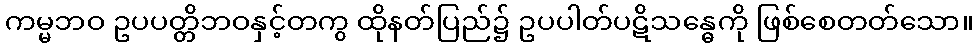
ကမ္မဘဝ ဥပပတ္တိဘဝနှင့်တကွ ထိုနတ်ပြည်၌ ဥပပါတ်ပဋိသန္ဓေကို ဖြစ်စေတတ်သော။